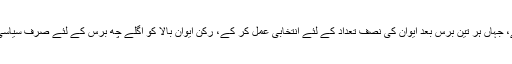
سینیٹ کا دورانیہ چھ برس کا رکھا گیا ہے، جہاں ہر تین برس بعد ایوان کی نصف تعداد کے لئے انتخابی عمل کر کے، رکن ایوان بالا کو اگلے چھ برس کے لئے صرف سیاسی وابستگی کی بنا پر منتخب کرایا جاتا ہے۔